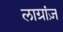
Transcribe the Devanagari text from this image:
लाग्रांज़